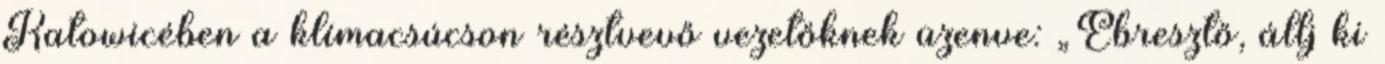
Katowicében a klímacsúcson résztvevő vezetőknek üzenve: „Ébresztő, állj ki